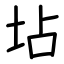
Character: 坫